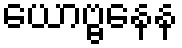
ယောဗ္ဗနေန